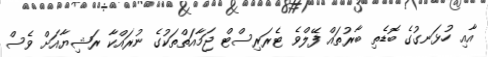
އާއި ހުޅަނގުގެ ބޮޑެތި ބާރުތައް ފޭލްވެ ޓެރަރިސްޓް ޖަމާއަތްތަކުގެ ނުރައްކާ ރަޝިޔާއަށް ވެސް